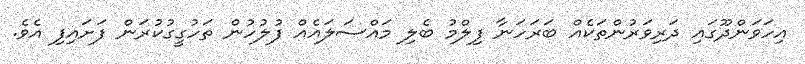
އިހަވަންދޫގައި ދަރިވަރުންތަކެއް ބަރަހަނާ ފިލްމު ބެލި މައްސަލައެއް ފުލުހުން ތަހުގީގުކުރަން ފަށައިފި އެވެ.